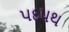
પદપથ